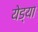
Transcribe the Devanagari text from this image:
येड्या